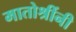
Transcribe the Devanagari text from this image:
मातोश्रींनी